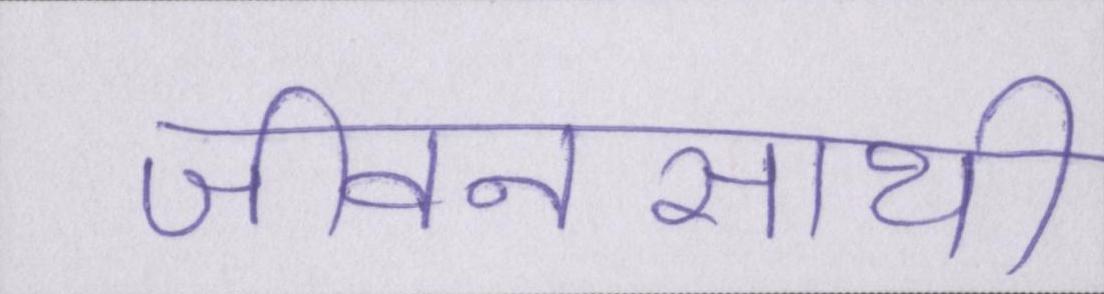
जीवनसाथी